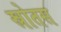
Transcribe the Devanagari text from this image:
स्रोतस